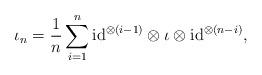
LaTeX: \begin{align*} \iota_n=\frac{1}{n}\sum_{i=1}^{n} \mathrm{id}^{\otimes (i-1)}\otimes \iota \otimes \mathrm{id}^{\otimes (n-i)}, \end{align*}